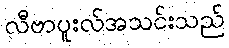
လီဗာပူးလ်အသင်းသည်